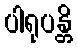
ပါရုပန္တိ